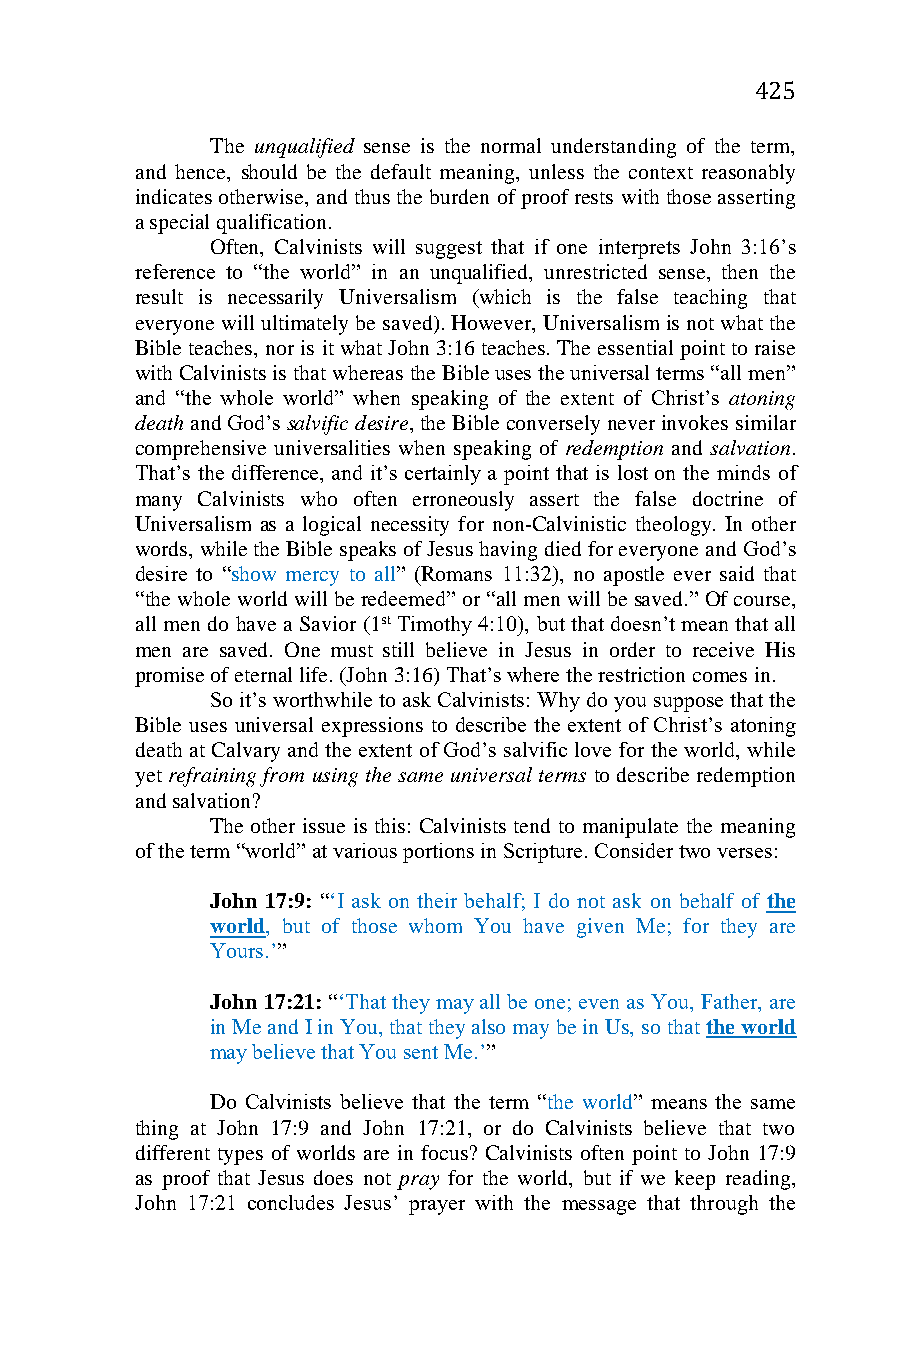
425
 The unqualified sense is the normal understanding of the term,
 and hence, should be the default meaning, unless the context reasonably
 indicates otherwise, and thus the burden of proof rests with those asserting
 a special qualification.
 Often, Calvinists will suggest that if one interprets John 3:16’s
 reference to “the world” in an unqualified, unrestricted sense, then the
 result is necessarily Universalism (which is the false teaching that
 everyone will ultimately be saved). However, Universalism is not what the
 Bible teaches, nor is it what John 3:16 teaches. The essential point to raise
 with Calvinists is that whereas the Bible uses the universal terms “all men”
 and “the whole world” when speaking of the extent of Christ’s atoning
 death and God’s salvific desire, the Bible conversely never invokes similar
 comprehensive universalities when speaking of redemption and salvation.
 That’s the difference, and it’s certainly a point that is lost on the minds of
 many Calvinists who often erroneously assert the false doctrine of
 Universalism as a logical necessity for non-Calvinistic theology. In other
 words, while the Bible speaks of Jesus having died for everyone and God’s
 desire to “show mercy to all” (Romans 11:32), no apostle ever said that
 “the whole world will be redeemed” or “all men will be saved.” Of course,
 all men do have a Savior (1st Timothy 4:10), but that doesn’t mean that all
 men are saved. One must still believe in Jesus in order to receive His
 promise of eternal life. (John 3:16) That’s where the restriction comes in.
 So it’s worthwhile to ask Calvinists: Why do you suppose that the
 Bible uses universal expressions to describe the extent of Christ’s atoning
 death at Calvary and the extent of God’s salvific love for the world, while
 yet refraining from using the same universal terms to describe redemption
 and salvation?
 The other issue is this: Calvinists tend to manipulate the meaning
 of the term “world” at various portions in Scripture. Consider two verses:
 John 17:9: “‘I ask on their behalf; I do not ask on behalf of the
 world, but of those whom You have given Me; for they are
 Yours.’”
 John 17:21: “‘That they may all be one; even as You, Father, are
 in Me and I in You, that they also may be in Us, so that the world
 may believe that You sent Me.’”
 Do Calvinists believe that the term “the world” means the same
 thing at John 17:9 and John 17:21, or do Calvinists believe that two
 different types of worlds are in focus? Calvinists often point to John 17:9
 as proof that Jesus does not pray for the world, but if we keep reading,
 John 17:21 concludes Jesus’ prayer with the message that through the